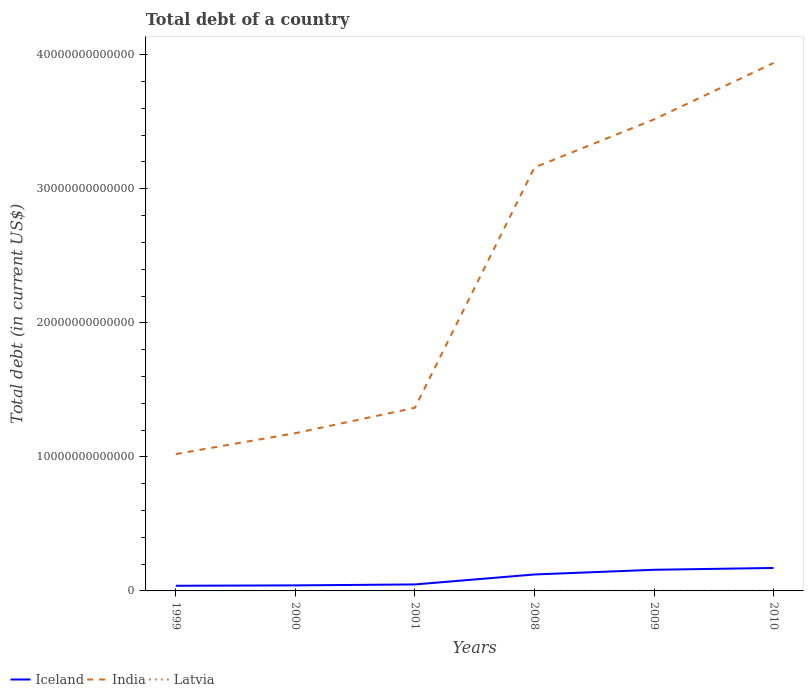
| Years | Iceland | India | Latvia |
 | --- | --- | --- | --- |
 | 1999 | 3.84e+11 | 1.02e+13 | 5.11e+08 |
 | 2000 | 4.13e+11 | 1.18e+13 | 5.71e+08 |
 | 2001 | 4.84e+11 | 1.37e+13 | 7.13e+08 |
 | 2008 | 1.23e+12 | 3.16e+13 | 3.71e+09 |
 | 2009 | 1.58e+12 | 3.52e+13 | 5.52e+09 |
 | 2010 | 1.71e+12 | 3.94e+13 | 6.35e+09 |